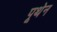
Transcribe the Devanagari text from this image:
पूथेन